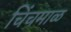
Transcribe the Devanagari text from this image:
चिंचमाळ